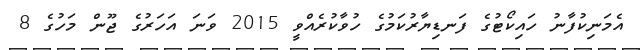
އެމަނިކުފާނު ހައިކޯޓުގެ ފަނޑިޔާރުކަމުގެ ހުވާކުރެއްވީ 2015 ވަނަ އަހަރުގެ ޖޫން މަހުގެ 8